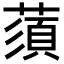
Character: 蕦